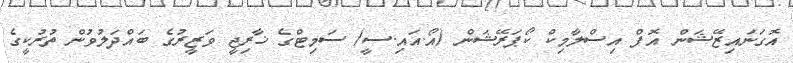
އޮގަނައިޒޭޝަން އޮފް އިސްލާމިކް ކޯޕަރޭޝަން (އޯ.އައި.ސީ) ސަމިޓްގެ ޚާރިޖީ ވަޒީރުގެ ބައްދަލުވުން ތުރުކީގެ